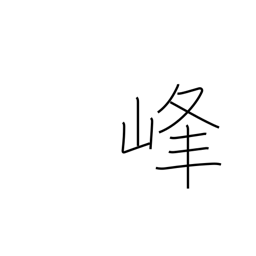
Meaning: summit